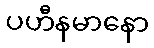
ပဟီနမာနော